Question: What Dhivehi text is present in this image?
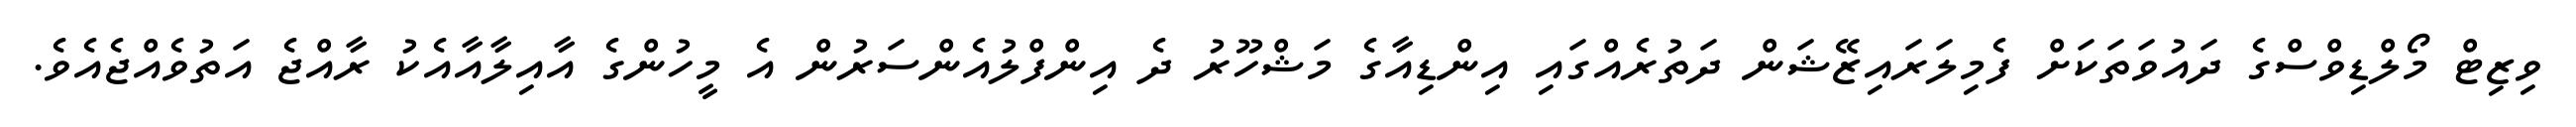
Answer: ވިޒިޓް މޯލްޑިވްސްގެ ދައުވަތަކަށް ފެމިލަރައިޒޭޝަން ދަތުރެއްގައި އިންޑިއާގެ މަޝްހޫރު ދެ އިންފްލުއެންސަރުން އެ މީހުންގެ އާއިލާއާއެކު ރާއްޖެ އަތުވެއްޖެއެވެ.